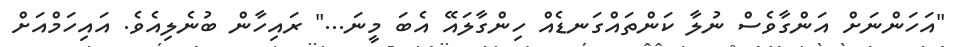
"އަހަންނަށް އަންގާވެސް ނުލާ ކަންތައްގަނޑެއް ހިންގާލައޭ އެބަ މީނަ..." ރައިހާން ބުނެލިއެވެ. އައިހަމްއަށް